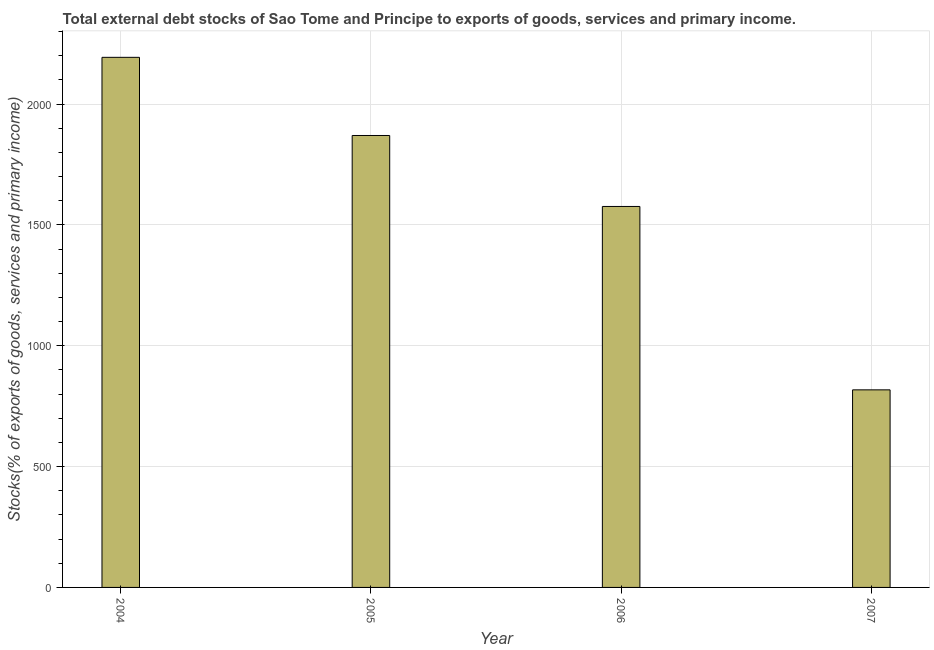
| Year | External debt stocks (% of exports of goods |
 | --- | --- |
 | 2004 | 2.19e+03 |
 | 2005 | 1.87e+03 |
 | 2006 | 1.58e+03 |
 | 2007 | 818 |